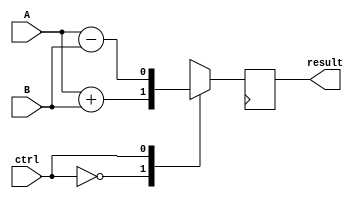
module ALU_1bit (
    input wire A,
    input wire B,
    input wire ctrl,
    output reg result
);

reg temp;

always @(*) begin
    case (ctrl)
        2'b00: temp = A + B; // addition
        2'b01: temp = A - B; // subtraction
        2'b10: temp = A & B; // AND
        2'b11: temp = A | B; // OR
        default: temp = A ^ B; // XOR
    endcase
end

always @(posedge clk) begin
    result <= temp;
end

endmodule